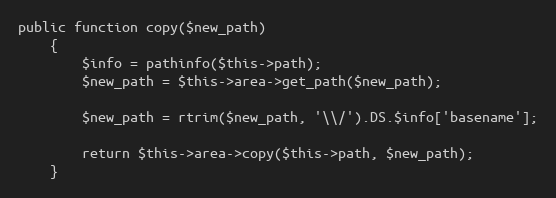
Language: PHP
public function copy($new_path)
	{
		$info = pathinfo($this->path);
		$new_path = $this->area->get_path($new_path);

		$new_path = rtrim($new_path, '\\/').DS.$info['basename'];

		return $this->area->copy($this->path, $new_path);
	}